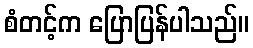
စံတင့်က ပြောပြန်ပါသည်။